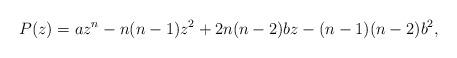
LaTeX: \begin{align*}P(z)=az^{n}-n(n-1)z^{2}+2n(n-2)bz-(n-1)(n-2)b^{2},\end{align*}